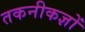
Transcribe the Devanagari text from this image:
तकनीकज्ञों